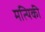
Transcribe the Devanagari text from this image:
मत्यिकी